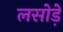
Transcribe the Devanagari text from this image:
लसोडे़